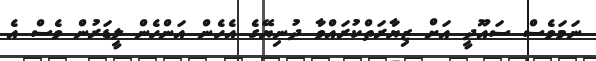
ނަމަވެސް ސައޫދީ އަށް ޒިޔާރަތްކުރައްވާ ދުނިޔޭގެ އެހެން އަންހެން ލީޑަރުން ވެސް އެ